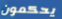
يحكمون